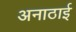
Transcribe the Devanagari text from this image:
अनाठाई